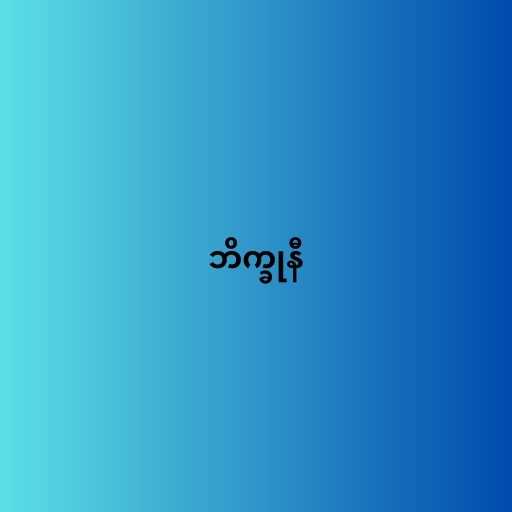
ဘိက္ခုနီ